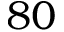
8 0